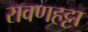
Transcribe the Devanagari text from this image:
रावणहट्टा